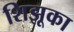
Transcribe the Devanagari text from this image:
शिझूका